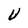
Character: U